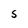
Character: S